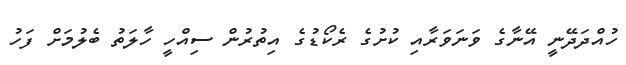
ހުއްދަދޭނީ އޭނާގެ ވަނަވަރާއި ކުށުގެ ރެކޯޑުގެ އިތުރުން ސިއްހީ ހާލަތު ބެލުމަށް ފަހު